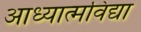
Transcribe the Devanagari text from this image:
आध्यात्मविद्या